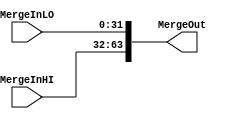
module div_merge(
	input [31:0] MergeInHI, MergeInLO,
	output reg[63:0] MergeOut);

always
begin
		MergeOut[63:32] = MergeInHI;
		MergeOut[31:0] = MergeInLO;
end
endmodule